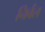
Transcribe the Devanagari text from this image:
निर्वल